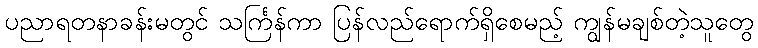
ပညာရတနာခန်းမတွင် သင်္ကြန်ကာ ပြန်လည်ရောက်ရှိစေမည့် ကျွန်မချစ်တဲ့သူတွေ